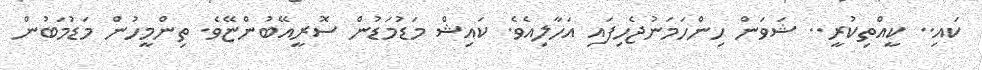
ކައި.. ކީއްތިކުރީ.. ޝަވަން ހިންހަމަނުޖެހިފައި އަހާލިއެވެ. ކައިޝް މަޑުމަޑުން ސޮރީއޭބުންޏޭވެ. ތިންމީހުން މަޑުމަބުން